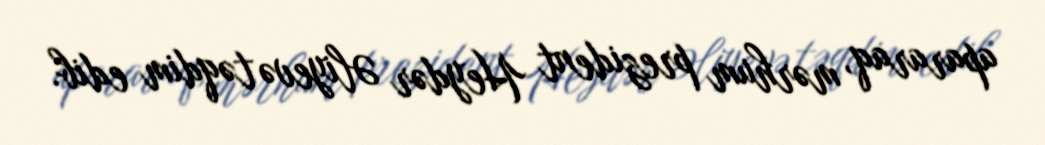
apararaq, mərhum prezident Heydər Əliyevə təqdim edib.